18_100754_ General 1946-7_Vol_2
Agency: Department of War
Incident date: 12/30/47
Page 21
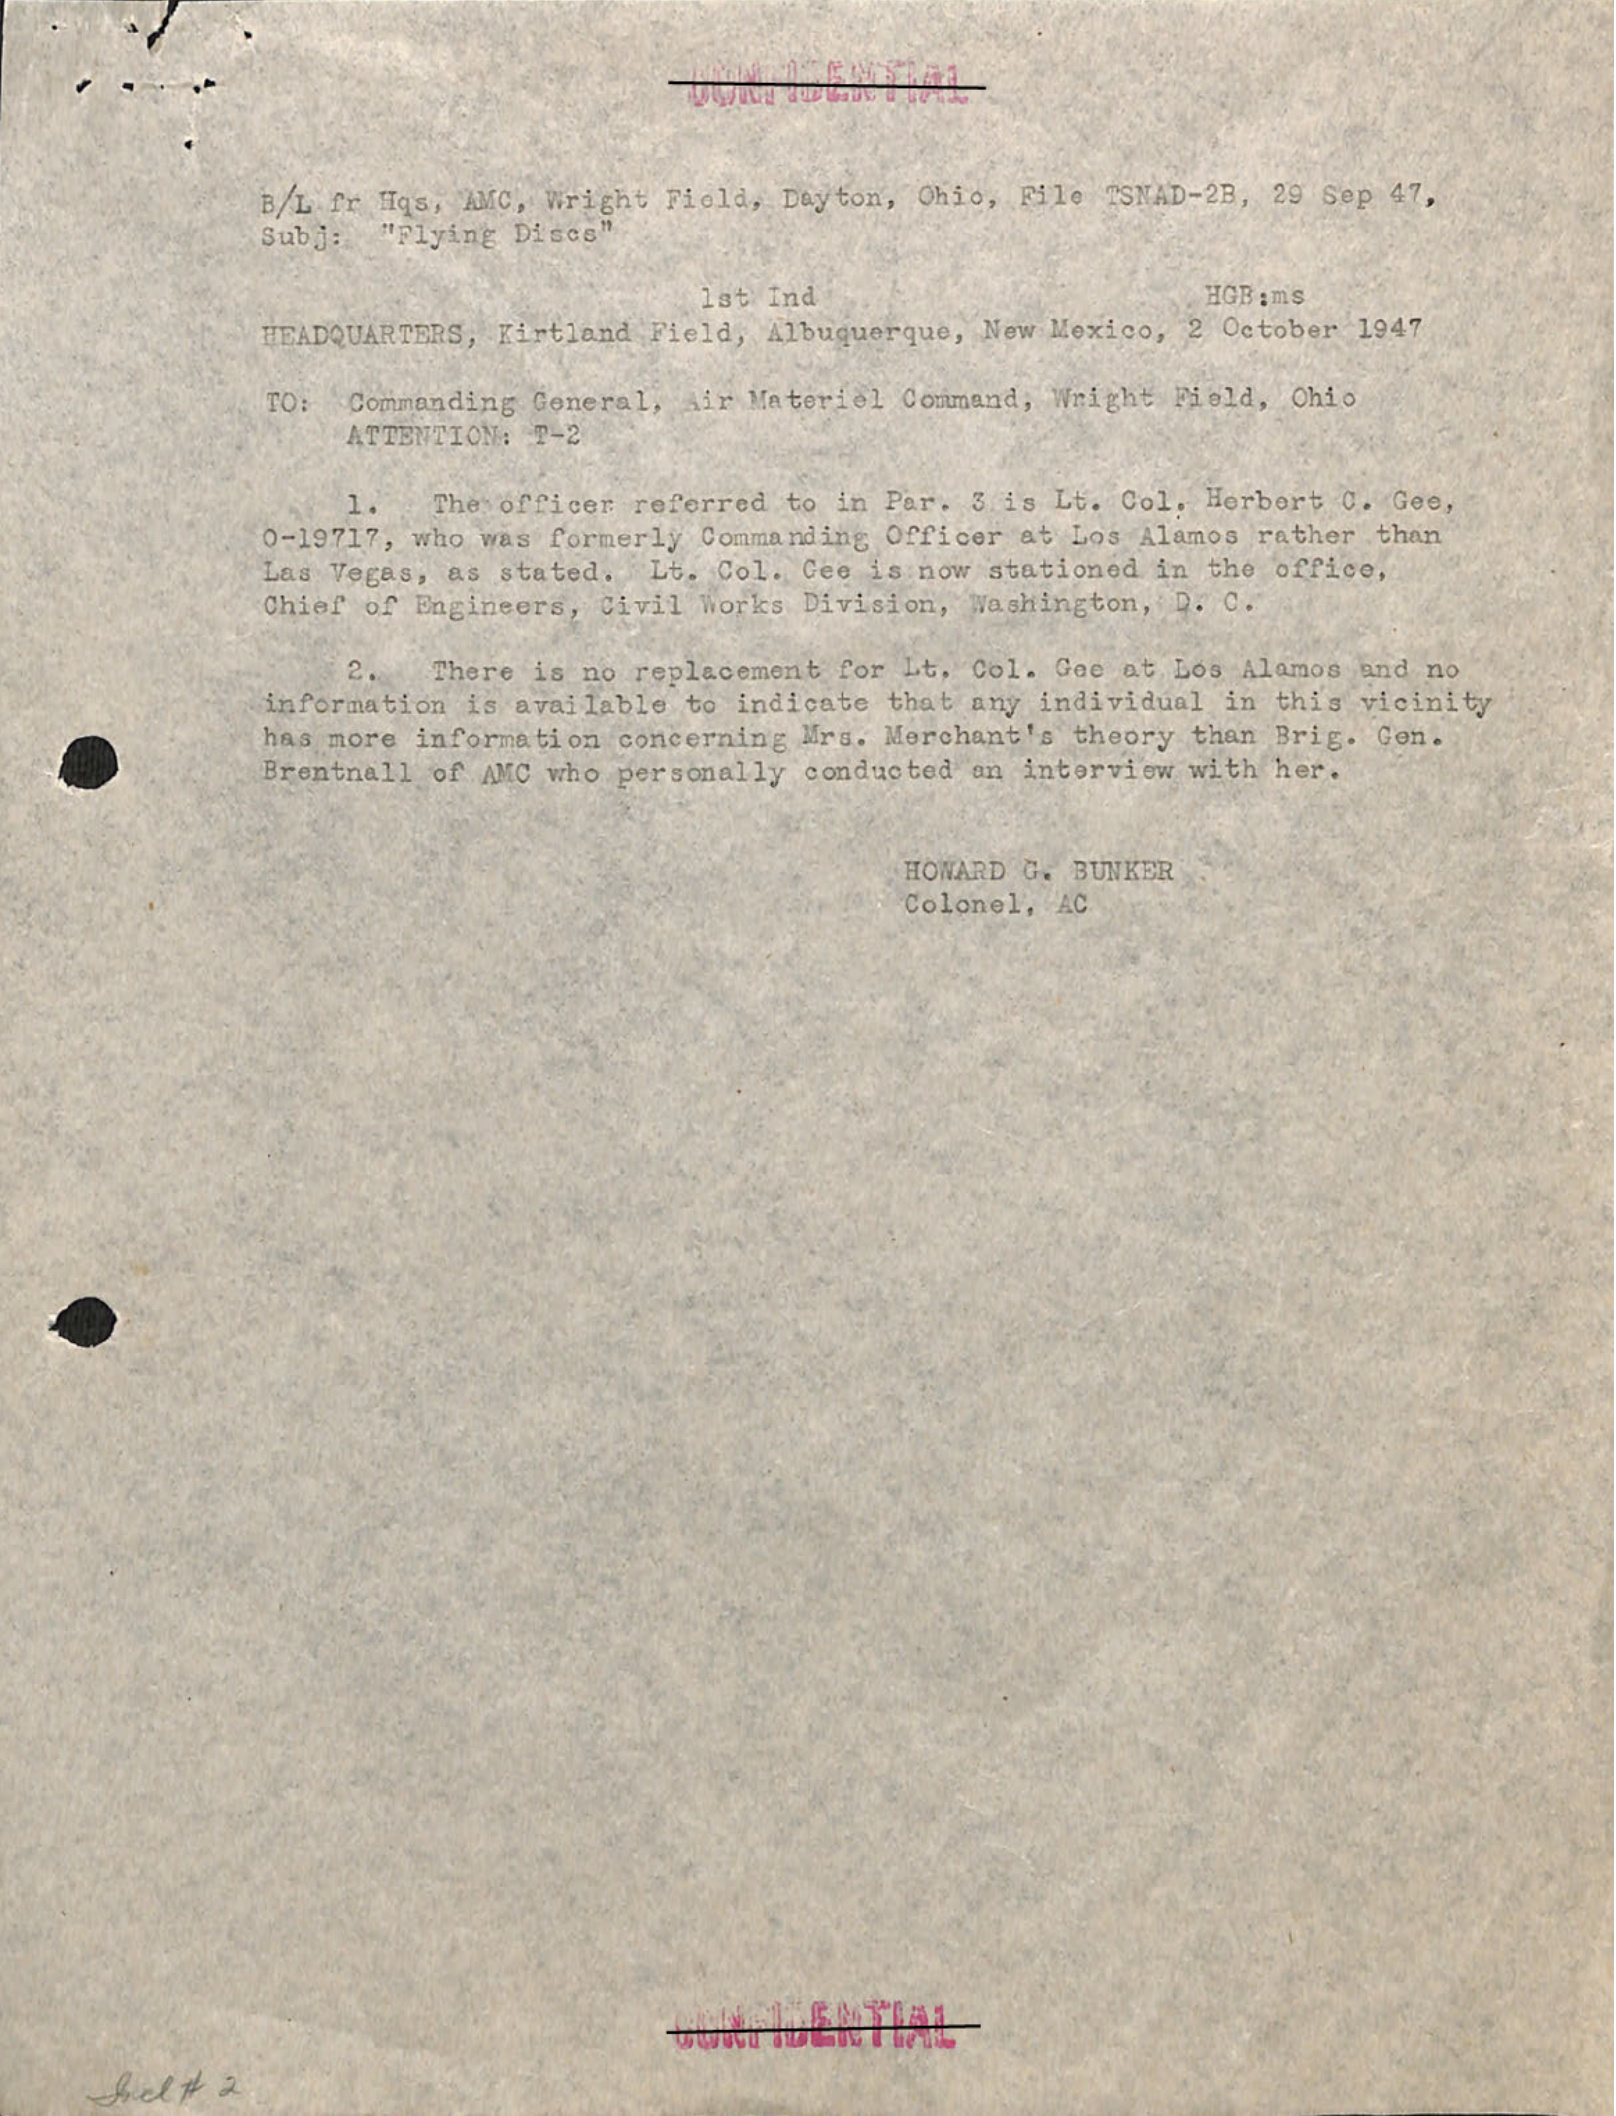